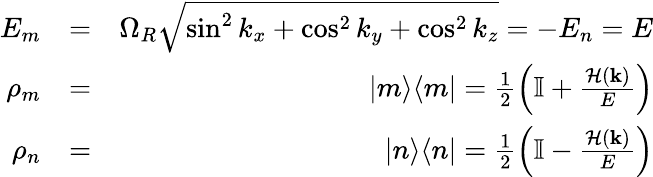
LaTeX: \begin{array}{rlr}{E_{m}}&{=}&{\Omega_{R}\sqrt{\sin^{2}k_{x}+\cos^{2}k_{y}+\cos^{2}k_{z}}=-E_{n}=E}\\ {\rho_{m}}&{=}&{|m\rangle\langle m|=\frac{1}{2}\left(\mathbb{I}+\frac{\mathcal{H}(\mathbf{k})}{E}\right)}\\ {\rho_{n}}&{=}&{|n\rangle\langle n|=\frac{1}{2}\left(\mathbb{I}-\frac{\mathcal{H}(\mathbf{k})}{E}\right)}\end{array}